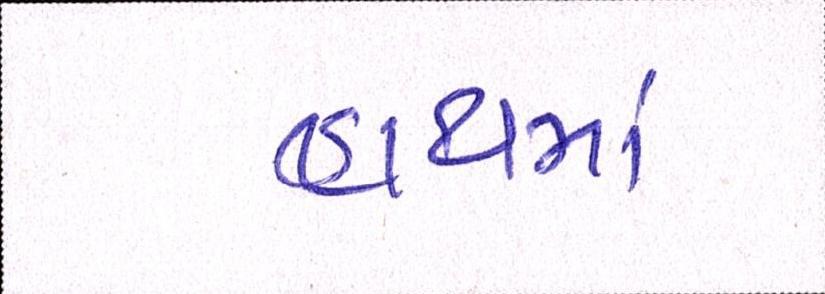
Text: હાથમાં